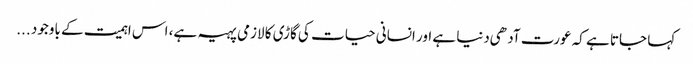
کہا جاتا ہے کہ عورت آدهی دنیا ہے اور انسانی حیات کی گاڑی کا لازمی پہیہ ہے، اس اہمیت کے باوجود ...